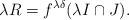
LaTeX: \begin{align*} \lambda R=f^{\lambda\delta}(\lambda I\cap J).\end{align*}